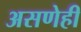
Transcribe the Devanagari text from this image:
असणेही